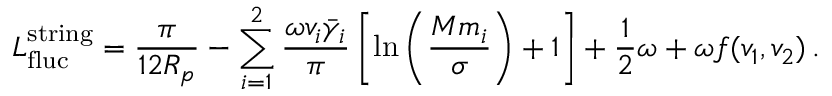
L _ { \mathrm { f l u c } } ^ { \mathrm { s t r i n g } } = \frac { \pi } { 1 2 R _ { p } } - \sum _ { i = 1 } ^ { 2 } \frac { \omega v _ { i } \bar { \gamma } _ { i } } { \pi } \left[ \ln \left( \frac { M m _ { i } } { \sigma } \right) + 1 \right] + \frac { 1 } { 2 } \omega + \omega f ( v _ { 1 } , v _ { 2 } ) \, .